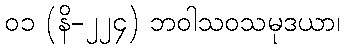
၀၁ (နိ-၂၂၄) ဘဝါသဝသမုဒယာ၊